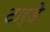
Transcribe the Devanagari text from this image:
टार्डे